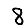
Digit: 8